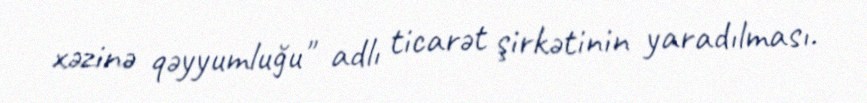
xəzinə qəyyumluğu" adlı ticarət şirkətinin yaradılması.